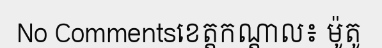
No Commentsខេត្តកណ្តាល៖ ម៉ូតូ